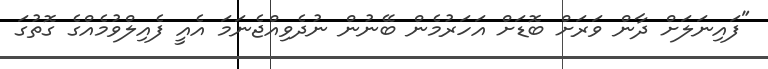
"ފައިނަލަށް ދާން ވަރަށް ބޮޑަށް އަހަރުމެން ބޭނުން ނުދެވިއްޖެނަމަ އެއީ ފެއިލްވުމެއްގެ ގޮތުގަ